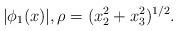
LaTeX: \begin{align*}|\phi_1(x)| , \rho = (x_2^2 + x_3^2)^{1/2}.\end{align*}